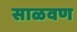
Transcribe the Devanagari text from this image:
साळवण